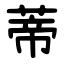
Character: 蒂